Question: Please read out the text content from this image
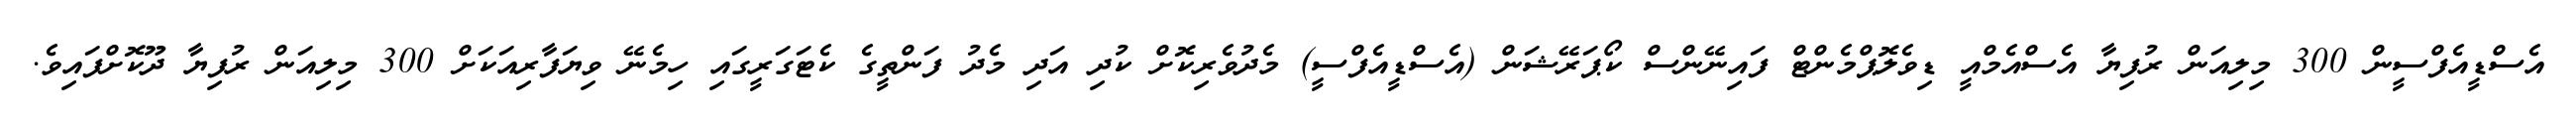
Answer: އެސްޑީއެފްސީން 300 މިލިއަން ރުފިޔާ އެސްއެމްއީ ޑިވެލޮޕްމެންޓް ފައިނޭންސް ކޯޕަރޭޝަން (އެސްޑީއެފްސީ) މެދުވެރިކޮށް ކުދި އަދި މެދު ފަންތީގެ ކެޓަގަރީގައި ހިމެނޭ ވިޔަފާރިއަކަށް 300 މިލިއަން ރުފިޔާ ދޫކޮށްފައިވެ.